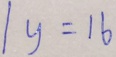
1 y = 1 6